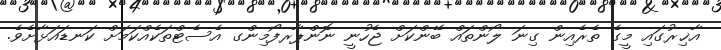
އާޚިރުގައި މީގެ ތެރެއިން ގިނަ ލޯންތައް ބޭންކަށް ޖެހުނީ ނޮންޕާރފޯމިންގ އެސެޓްތަކެއްކަމަށް ކަނޑައަޅާށެވެ.